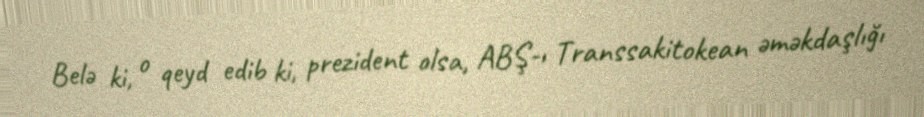
Belə ki, o qeyd edib ki, prezident olsa, ABŞ-ı Transsakitokean əməkdaşlığı